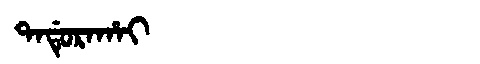
Manchu: ᡨᠠᡩᡠᡵᠠᡥᠠᡳ
Romanization: TADURAHAI